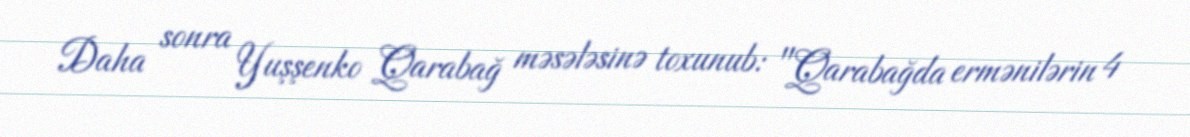
Daha sonra Yuşşenko Qarabağ məsələsinə toxunub: "Qarabağda ermənilərin 4